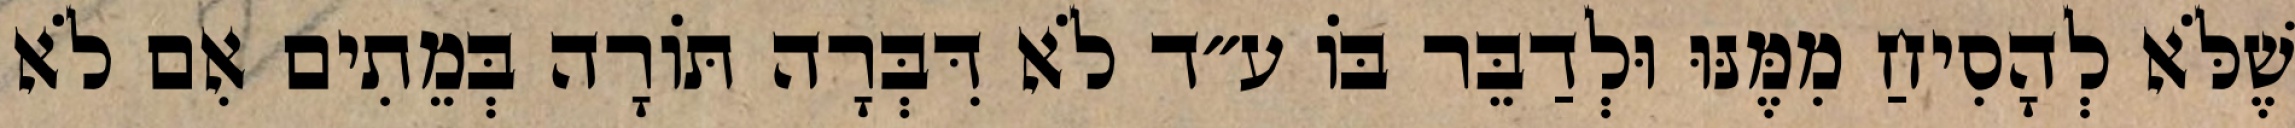
שֶׁלֹּא לְהָסִיחַ מִמֶּנּוּ וּלְדַבֵּר בּוֹ ע״ד לֹא דִּבְּרָה תּוֹרָה בְּמֵתִים אִם לֹא